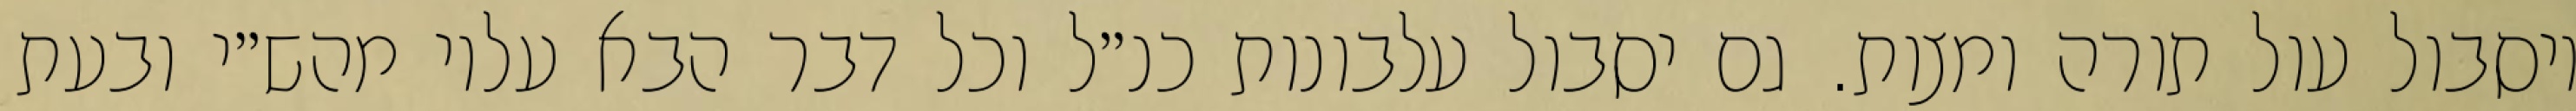
ויסבול עול תורה ומצות. גם יסבול עלבונות כנ״ל וכל דבר הבא עליו מהש״י ובעת